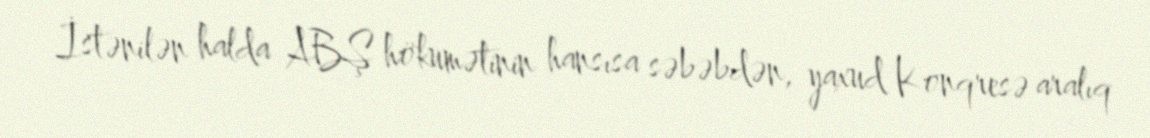
İstənilən halda ABŞ hökumətinin hansısa səbəbdən, yaxud Konqresə aralıq